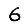
Digit: 6